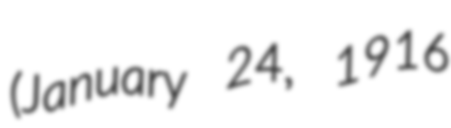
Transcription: (January 24, 1916